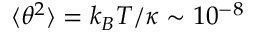
\langle \theta ^ { 2 } \rangle = k _ { B } T / \kappa \sim 1 0 ^ { - 8 }